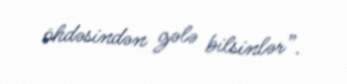
öhdəsindən gələ bilsinlər”.